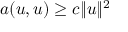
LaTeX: a ( u , u ) \geq c \| u \| ^ { 2 }